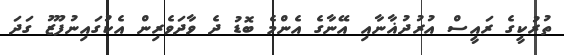
ތުރުކީގެ ރައީސް އުރުދުޣާނާއި އޭނާގެ އެންމެ ބޮޑު ދެ ވާދަވެރިން އެކުގައިނުފޫޒު ގަދަ